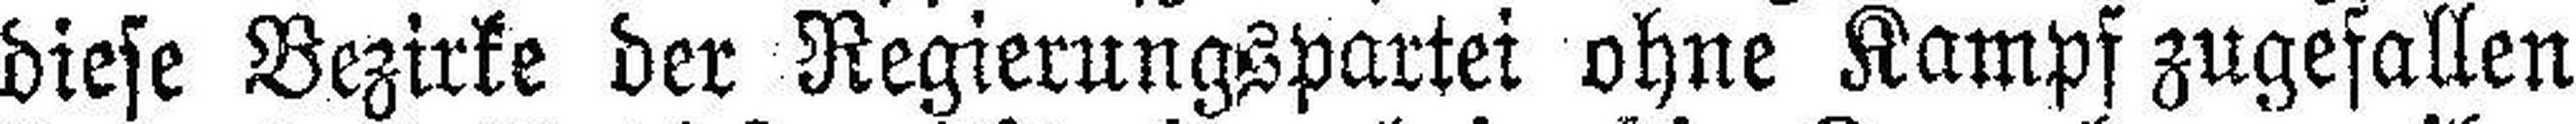
diese Bezirke der Regierungspartei ohne Kampf zugefallen